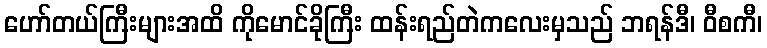
ဟော်တယ်ကြီးများအထိ ကိုမောင်ခိုကြီး ထန်းရည်တဲကလေးမှသည် ဘရန်ဒီ၊ ဝီစကီ၊